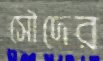
সৌদের